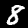
Digit: 8